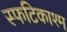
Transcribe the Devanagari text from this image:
स्फटिकाश्म